Annual report on the working of the Harcourt Butler Institute of Public Health, Rangoon
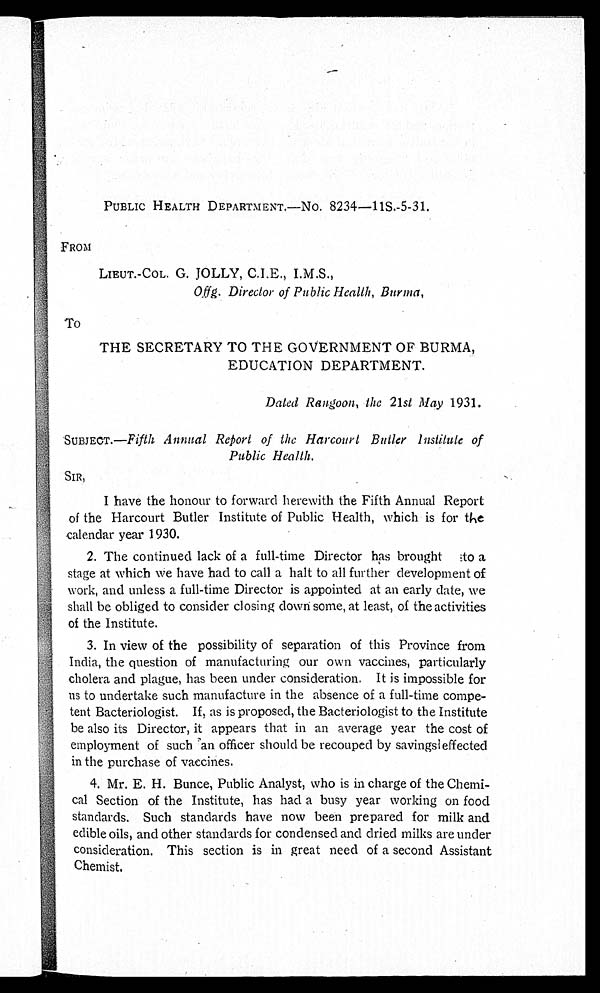
PUBLIC HEALTH DEPARTMENT.—No. 8234—11S.-5-31.
FROM
LIEUT.-COL. G. JOLLY, C.I.E., I.M.S.,
Offg. Director of Public Health, Burma,
To
THE SECRETARY TO THE GOVERNMENT OF BURMA,
EDUCATION DEPARTMENT.
Dated Rangoon., the 21st May 1931.
SUBJECT.—Fifth Annual Retort of the Harcourt Butler institute of
Public Health.
SIR,
I have the honour to forward herewith the Fifth Annual Report
of the Harcourt Butler Institute of Public Health, which is for the
calendar year 1930.
2. The continued lack of a full-time Director has brought to a
stage at which we have had to call a halt to all further development of
work, and unless a full-time Director is appointed at an early date, we
shall be obliged to consider closing down some, at least, of the activities
of the Institute.
3. In view of the possibility of separation of this Province from
India, the question of manufacturing our own vaccines, particularly
cholera and plague, has been under consideration. It is impossible for
us to undertake such manufacture in the absence of a full-time compe
- t ent Bact er i ol ogi st . I f , as i s pr oposed, t he Bact er i ol ogi st t o t he I nst i t ut e
be also its Director, it appears that in an average year the cost of
employment of such an officer should be recouped by savings effected
in the purchase of vaccines.
4. Mr. E. H. Bunce, Public Analyst, who is in charge of the Chem
i - c a l S e c t i o n o f t h e I n s t i t u t e , h a s h a d a b u s y y e a r w o r k i n g o n f o o d
standards. Such standards have now been prepared for milk and
edible oils, and other standards for condensed and dried milks are under
consideration. This section is in great need of a second Assistant
Chemist.